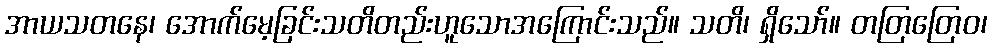
အာယသတနေ၊ အောက်မေ့ခြင်းသတိတည်းဟူသောအကြောင်းသည်။ သတိ၊ ရှိသော်။ တတြတြေဝ၊